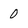
Character: 0